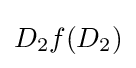
D_{2}f(D_{2})